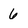
Character: 6